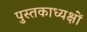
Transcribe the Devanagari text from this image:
पुस्तकाध्यक्षों